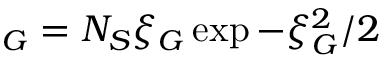
_ G = N _ { S } \xi _ { G } \exp { - \xi _ { G } ^ { 2 } / 2 }